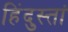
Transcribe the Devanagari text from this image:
हिंदुस्तां